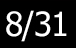
8/31